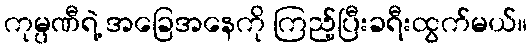
ကုမ္ပဏီရဲ့ အခြေအနေကို ကြည့်ပြီးခရီးထွက်မယ်။